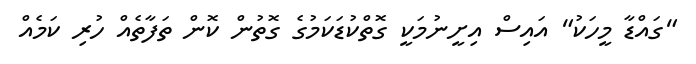
"ގައްޑާ މީހަކު" އައިސް އިށީނުމަކީ ގޮތްކުޑަކަމުގެ ގޮތުން ކޮން ތަފާތެއް ހުރި ކަމެއް